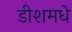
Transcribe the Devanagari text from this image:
डीशमधे